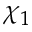
\chi _ { 1 }